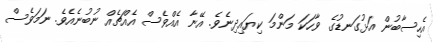
އެހިސާބުން އަޅުގަނޑުގެ ވާހަކަ މަންމަ ކިޔައިދިނެވެ. އޭނާ އެއްވެސް އެއްޗެއް ނުބުނެއެވެ. ނަމަވެސް